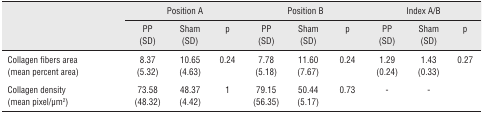
<table><thead><tr><td rowspan="3"></td><td colspan="3"><b>Position A</b></td><td colspan="3"><b>Position B</b></td><td colspan="3"><b>Index A/B</b></td></tr><tr><td><b>PP (SD)</b></td><td><b>Sham (SD)</b></td><td><b>p</b></td><td><b>PP (SD)</b></td><td><b>Sham (SD)</b></td><td><b>p</b></td><td><b>PP (SD)</b></td><td><b>Sham (SD)</b></td><td><b>p</b></td></tr></thead><tbody><tr><td>Collagen fibers area (mean percent area)</td><td>8.37 (5.32)</td><td>10.65 (4.63)</td><td>0.24</td><td>7.78 (5.18)</td><td>11.60 (7.67)</td><td>0.24</td><td>1.29 (0.24)</td><td>1.43 (0.33)</td><td>0.27</td></tr><tr><td>Collagen density (mean pixel/μm<sup>2</sup>)</td><td>73.58 (48.32)</td><td>48.37 (4.42)</td><td>1</td><td>79.15 (56.35)</td><td>50.44 (5.17)</td><td>0.73</td><td>-</td><td>-</td><td></td></tr></tbody></table>